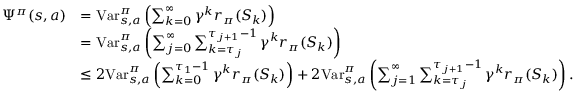
\begin{array} { r l } { \Psi ^ { \pi } ( s , a ) } & { = \mathrm { V a r } _ { s , a } ^ { \pi } \left( \sum _ { k = 0 } ^ { \infty } \gamma ^ { k } r _ { \pi } ( S _ { k } ) \right) } \\ & { = \mathrm { V a r } _ { s , a } ^ { \pi } \left( \sum _ { j = 0 } ^ { \infty } \sum _ { k = { \tau _ { j } } } ^ { \tau _ { j + 1 } - 1 } \gamma ^ { k } r _ { \pi } ( S _ { k } ) \right) } \\ & { \leq 2 \mathrm { V a r } _ { s , a } ^ { \pi } \left( \sum _ { k = 0 } ^ { \tau _ { 1 } - 1 } \gamma ^ { k } r _ { \pi } ( S _ { k } ) \right) + 2 \mathrm { V a r } _ { s , a } ^ { \pi } \left( \sum _ { j = 1 } ^ { \infty } \sum _ { k = { \tau _ { j } } } ^ { \tau _ { j + 1 } - 1 } \gamma ^ { k } r _ { \pi } ( S _ { k } ) \right) . } \end{array}